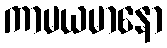
ကာမယမာနော